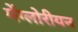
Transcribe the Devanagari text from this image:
मेंग्लोरीयन